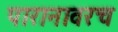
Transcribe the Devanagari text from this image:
पारानावरच